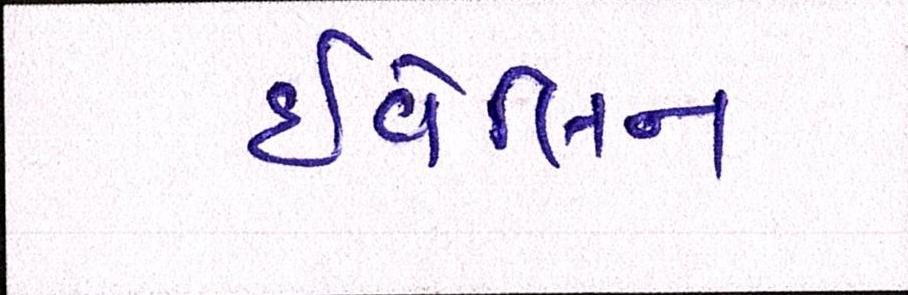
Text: ઇવેલિન